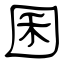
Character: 囷